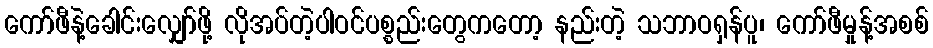
ကော်ဖီနဲ့ခေါင်းလျှော်ဖို့ လိုအပ်တဲ့ပါဝင်ပစ္စည်းတွေကတော့ နည်းတဲ့ သဘာဝရှန်ပူ၊ ကော်ဖီမှုန့်အစစ်